Indian journal of veterinary science and animal husbandry - Volumes 24-25, 1954-1955
Year: 1954
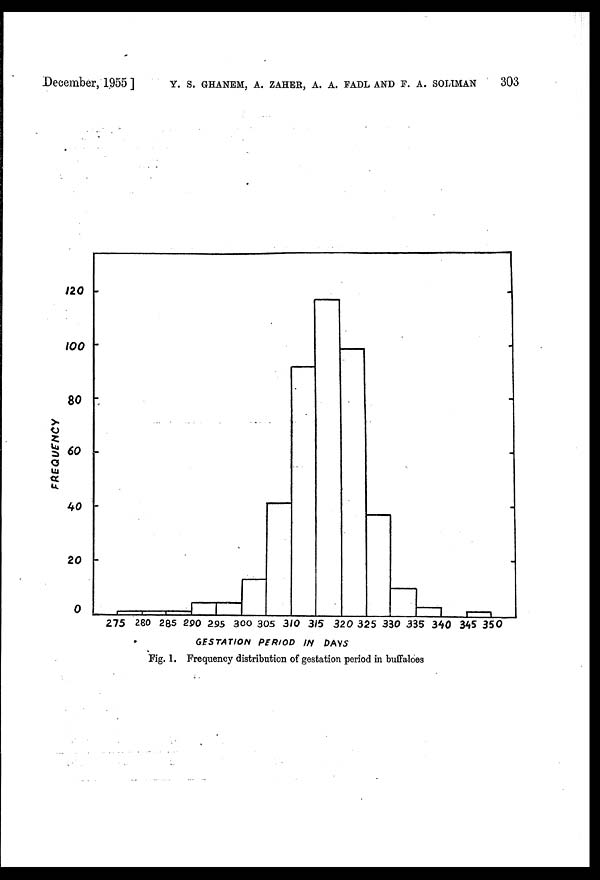
December, 1955 ] Y. S. GHANEM, A. ZAHER, A. A. FADL AND P. A. SOLIMAN 303
Fig. 1. Frequency distribution of gestation period in buffaloes